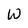
Character: W